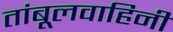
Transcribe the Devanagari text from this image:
तांबूलवाहिनी